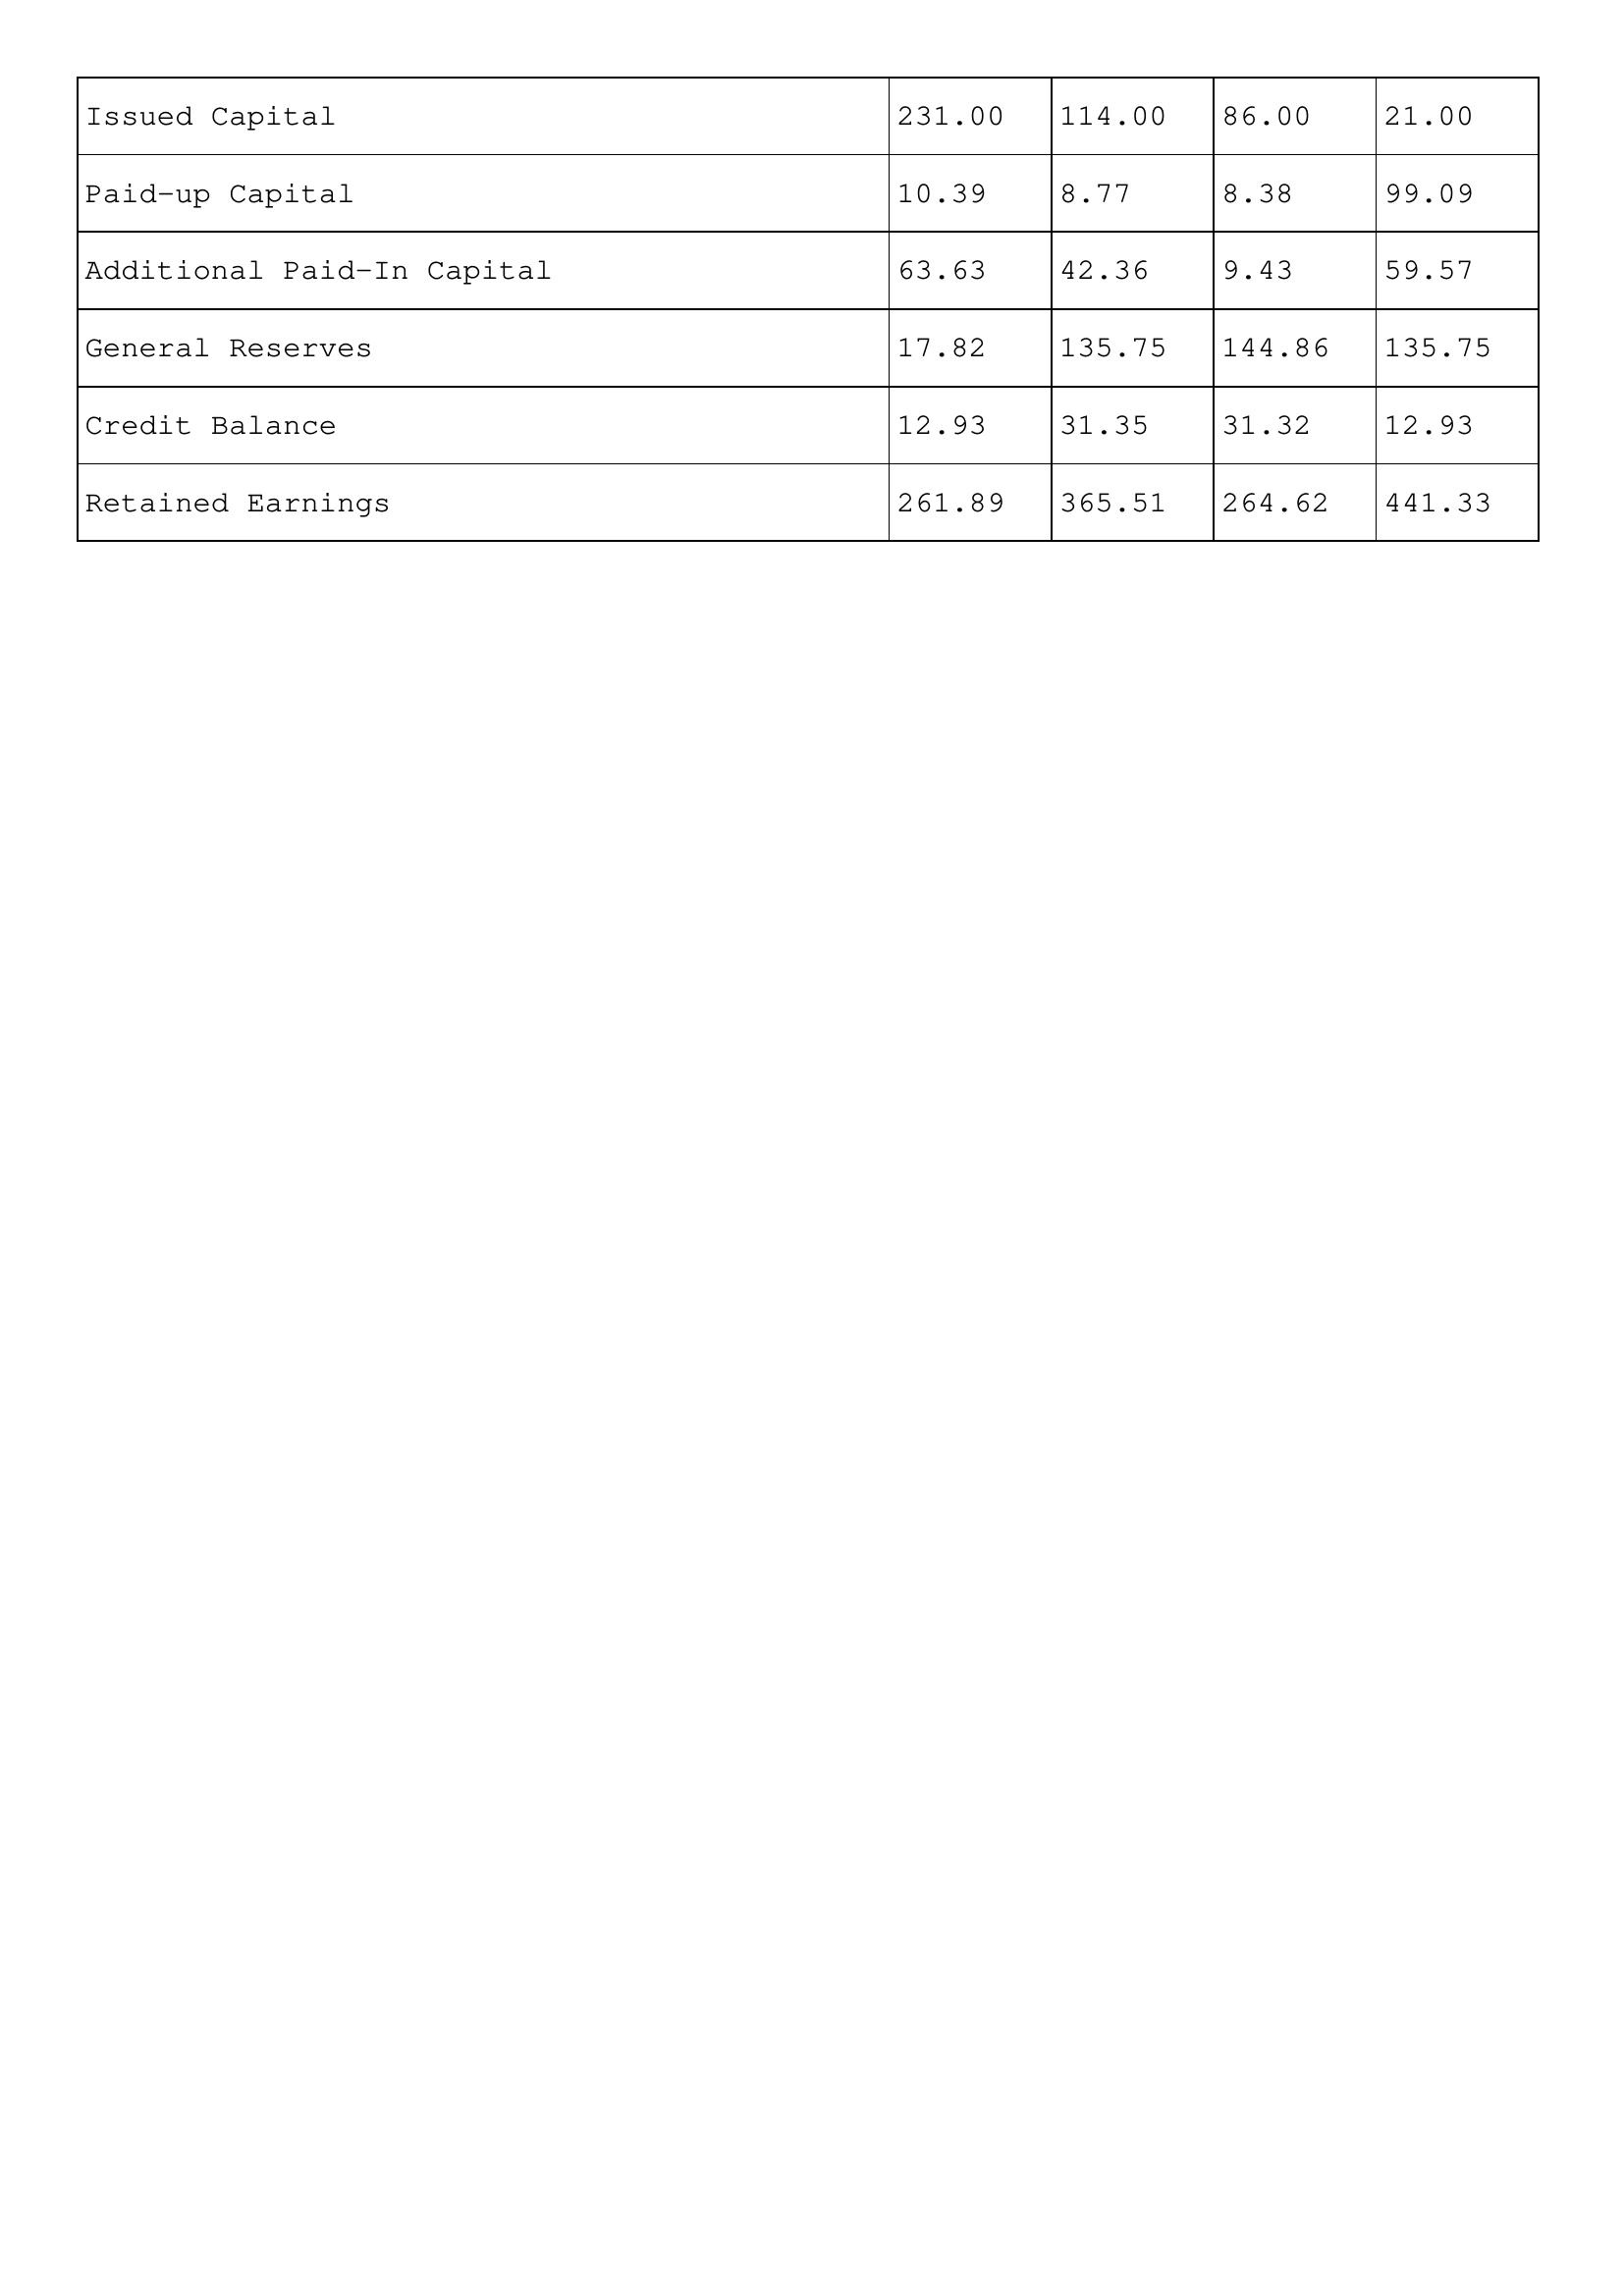
gt_parse: 2015: Issued Capital: 231.00
Paid-up Capital: 10.39
Additional Paid-In Capital: 63.63
General Reserves: 17.82
Credit Balance: 12.93
Retained Earnings: 261.89
2014: Issued Capital: 114.00
Paid-up Capital: 8.77
Additional Paid-In Capital: 42.36
General Reserves: 135.75
Credit Balance: 31.35
Retained Earnings: 365.51
2013: Issued Capital: 86.00
Paid-up Capital: 8.38
Additional Paid-In Capital: 9.43
General Reserves: 144.86
Credit Balance: 31.32
Retained Earnings: 264.62
2012: Issued Capital: 21.00
Paid-up Capital: 99.09
Additional Paid-In Capital: 59.57
General Reserves: 135.75
Credit Balance: 12.93
Retained Earnings: 441.33